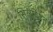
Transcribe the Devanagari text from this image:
सिलवियन